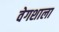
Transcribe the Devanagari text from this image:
वेगशाला